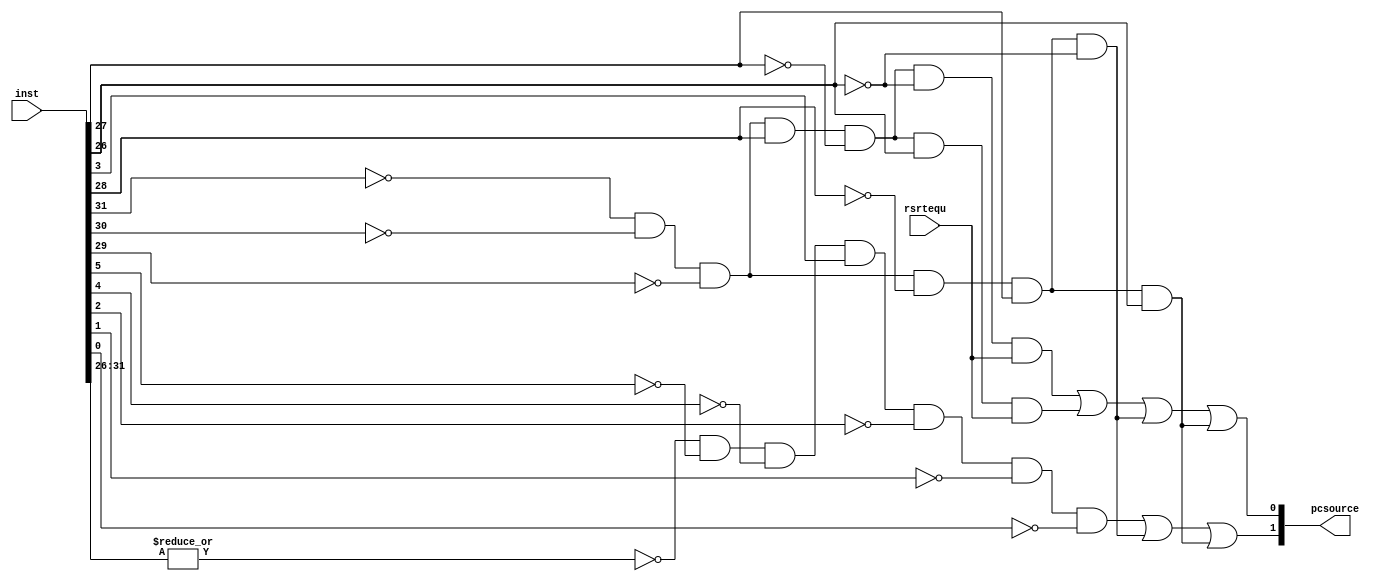
module pc_choose (rsrtequ, inst, 
				  pcsource);
	input rsrtequ;
	input [31:0] inst;
	output [1:0] pcsource;
	
	wire [5:0] func, op;
	wire r_type;
	assign op = inst[31:26];
	assign r_type = ~|op;
	assign func = inst[5:0];

	wire i_j    = ~op[5] & ~op[4] & ~op[3] & ~op[2] & op[1] & ~op[0];
	wire i_jal  = ~op[5] & ~op[4] & ~op[3] & ~op[2] & op[1] & op[0];
	wire i_jr   = r_type & ~func[5] & ~func[4] & func[3] & ~func[2] & ~func[1] & ~func[0];
	wire i_beq  = ~op[5] & ~op[4] & ~op[3] & op[2] & ~op[1] & ~op[0];
    wire i_bne  = ~op[5] & ~op[4] & ~op[3] & op[2] & ~op[1] & op[0];
    
	assign pcsource[1] = i_jr | i_j | i_jal;
	assign pcsource[0] = ( i_beq & rsrtequ ) | (i_bne & rsrtequ) | i_j | i_jal;
endmodule